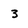
Character: 3